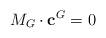
LaTeX: \begin{align*}M_G\cdot \mathbf{c}^G=0 \end{align*}